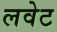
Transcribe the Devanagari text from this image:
लवेट